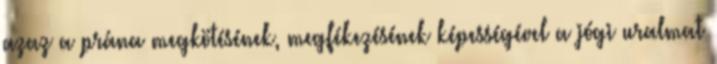
azaz a prána megkötésének, megfékezésének képességével a jógi uralmat